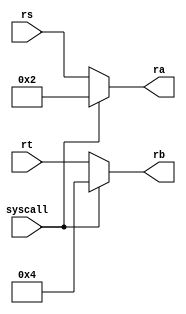
module RegFileRead(
   syscall,rs,rt,
   ra,rb
   );
   input syscall;
   input [4:0]rs,rt;
   output [4:0]ra,rb;
   assign ra = syscall ? 2 : rs;
   assign rb = syscall ? 4 : rt;
endmodule